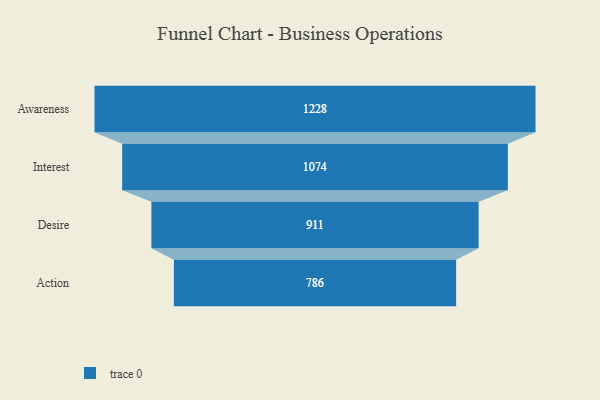
{"axis": {"x": "Stage", "y": "Value"}, "legend": [""], "data": [{"x": "Awareness", "y": 1228.0, "type": ""}, {"x": "Interest", "y": 1074.0, "type": ""}, {"x": "Desire", "y": 911.0, "type": ""}, {"x": "Action", "y": 786.0, "type": ""}]}